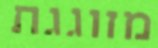
מזוגגת